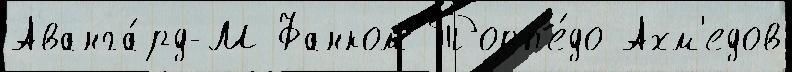
Аванга́рд-М Фанком Торп'е́до Ахм'едов